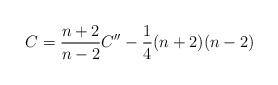
LaTeX: \begin{align*}C = \frac{n+2}{n-2} C'' - \frac{1}{4}(n+2)(n-2)\end{align*}